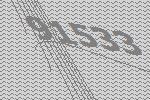
91533